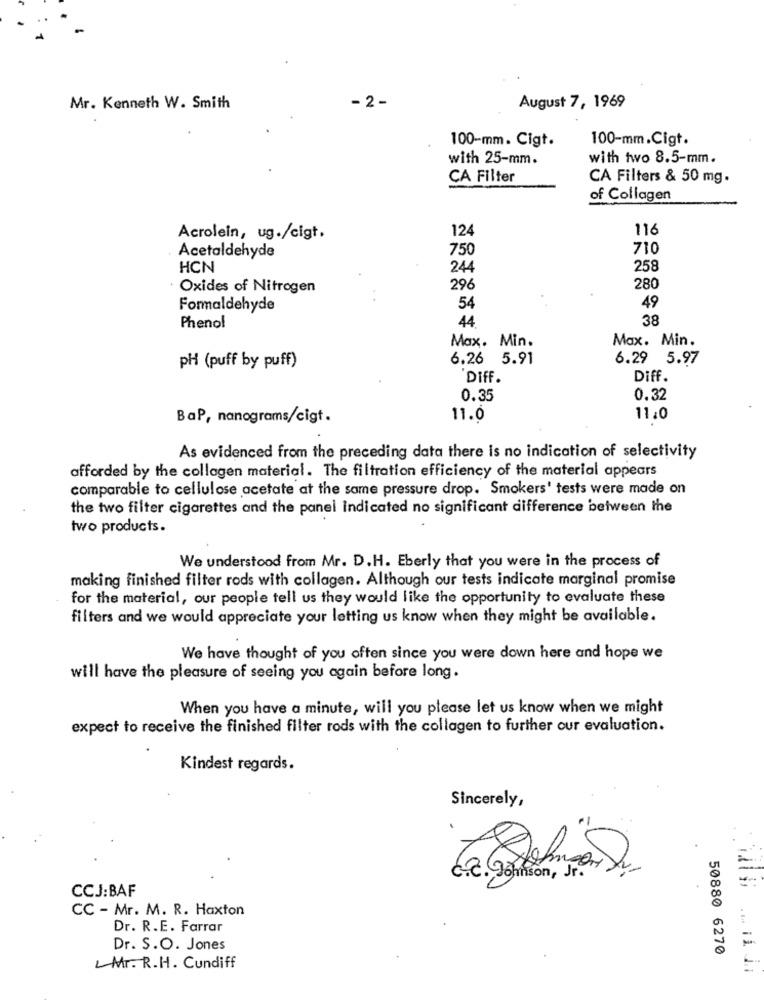
- 2 -
Mr. Kenneth W. Smith
August 7, 1969
100-mm. Cigt.
100-mm.Cigt.
with 25-mm.
with two 8.5-mm.
CA Filter
CA Filters & 50 mg.
of Collagen
116
Acrolein, ug./cigt.
124
Acetaldehyde
750
710
HCN
24
258
. Oxides of Nitrogen
296
280
Formaldehyde
54
49
44
38
Phenol
Max. Min.
Max. Min.
6.26 5.91
6.29 5.97
pH (puff by puff)
DIFF.
Diff.
0.35
0.32
BaP, nanograms/cigt.
11.0
11:0
As evidenced from the preceding data there is no indication of selectivity
afforded by the collagen material. The filtration efficiency of the material appears
comparable to cellulose acetate at the same pressure drop. Smokers' tests were made on
the two filter cigarettes and the panel indicated no significant difference between the
two products.
We understood from Mr. D.H. Eberly that you were in the process of
making finished filter rods with collagen. Although our tests indicate marginal promise
for the material, our people tell us they would like the opportunity to evaluate these
filters and we would appreciate your letting us know when they might be available.
We have thought of you often since you were down here and hope we
will have the pleasure of seeing you again before long.
When you have a minute, will you please let us know when we might
expect to receive the finished filter rods with the collagen to further our evaluation.
Kindest regards.
Sincerely,
.
C.E. Johnson, Jr.
CCJ:BAF
CC - Mr. M. R. Haxton
Dr. R.E. Farrar
Dr. S.O. Jones
50880 6270
L Mr. R.H. Cundiff